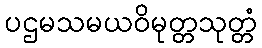
ပဌမသမယဝိမုတ္တသုတ္တံ